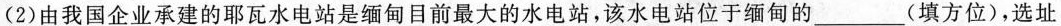
(2)由我国企业承建的耶瓦水电站是缅甸目前最大的水电站，该水电站位于缅甸的___(填方位)，选址